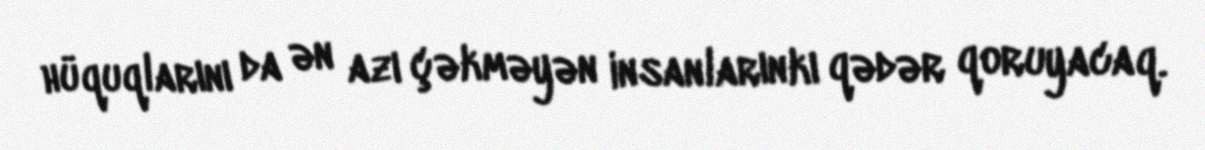
hüquqlarını da ən azı çəkməyən insanlarınkı qədər qoruyacaq.